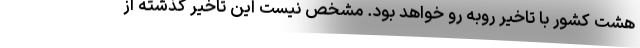
هشت کشور با تاخیر روبه رو خواهد بود. مشخص نیست این تاخیر گذشته از